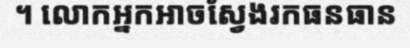
។ លោកអ្នកអាចស្វែងរកធនធាន